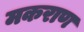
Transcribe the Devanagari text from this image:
मकराण